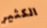
الكثير